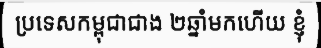
ប្រទេសកម្ពុជាជាង ២ឆ្នាំមកហើយ ខ្ញុំ